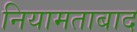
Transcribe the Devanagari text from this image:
नियामताबाद